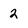
Character: 2